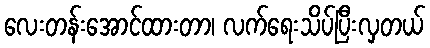
လေးတန်းအောင်ထားတာ၊ လက်ရေးသိပ်ပြီးလှတယ်